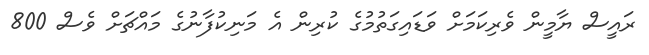
ރައީސް ޔާމީން ވެރިކަމަށް ވަޑައިގަތުމުގެ ކުރިން އެ މަނިކުފާނުގެ މައްޗަށް ވެސް 800